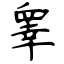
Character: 睾